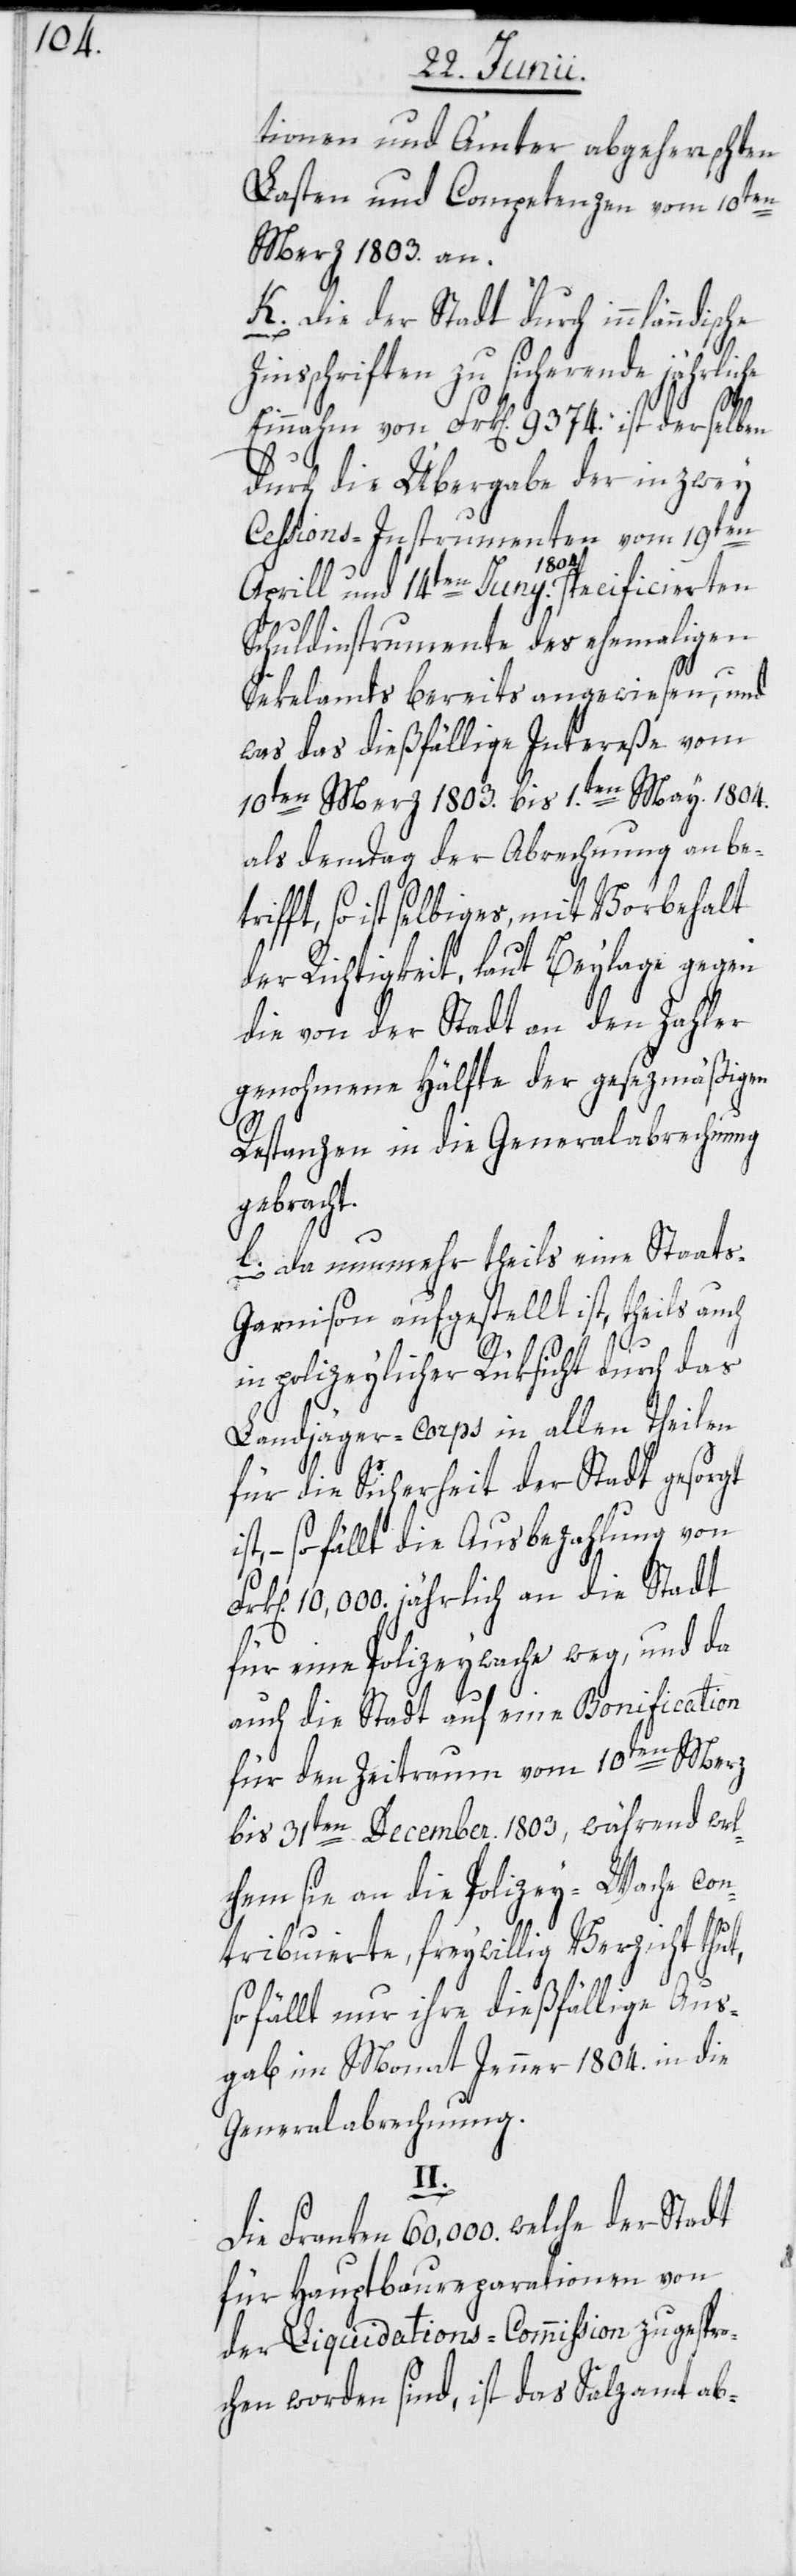
tionen und Ämter abgeherrschten
Lasten und Competenzen vom 10ten
Merz 1803. an.
k. Die der Stadt durch innlän¬
insschriften zu sicherende jährlic¬
Einnahm von Frk[en]. 9374. ist derselben
durch die Übergabe der in zwey
Cessions-Instrumenten vom 19ten
trifft,
Aprill und 14ten Juny 1804. specifierten
Schuldinstrumente des ehemaligen
Fr¬
so
Sekelamts bereits angewiesen, und
was das dießfällige Intereße vom
10ten Merz 1803. bis 1.ten May 1804.
als dem Tag der Abrechnung anbe¬
ist selbiges, mit Vorbehalt
der Richtigkeit, laut Beylage gegen
die von der Stadt an den Zahler
genohmene Hälfte der gesezmäßigen
Restanzen in die Generalabrechnung
gebracht.
l. Da nunmehr theils eine Staats-G¬
arnison aufgestellt ist, theils auch
in polizeylicher Rüksicht durch das
Landjäger-Corps in allen Theilen
für die Sicherheit der Stadt gesorgt
so fällt die Ausbezahlung von
k[en]. 10,000. jährlich an die Stadt
für eine Polizeywache weg, und da
auch die Stadt auf eine Bonification
für den Zeitraum vom 10ten Merz
bis 31ten December 1803, während wel¬
chem sie an die Polizey-Wache con¬
tribuierte, freywillig Verzicht thut,
so fällt nur ihre dießfällige Aus¬
gab im Monat Jenner 1804. in die
Generalabrechnung.
II.
Die Franken 60,000. welche der Stadt
für Hauptbaureparationen von
der Liquidations-Commission zugespro¬
chen worden sind, ist das Salzamt ab-